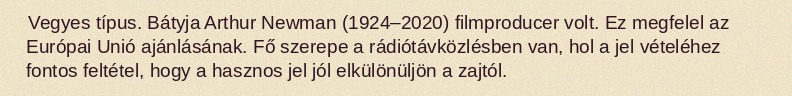
Vegyes típus. Bátyja Arthur Newman (1924–2020) filmproducer volt. Ez megfelel az Európai Unió ajánlásának. Fő szerepe a rádiótávközlésben van, hol a jel vételéhez fontos feltétel, hogy a hasznos jel jól elkülönüljön a zajtól.